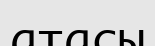
атасы